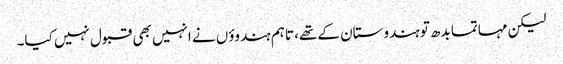
لیکن مہاتما بدھ تو ہندوستان کے تھے، تاہم ہندوؤں نے انہیں بھی قبول نہیں کیا۔